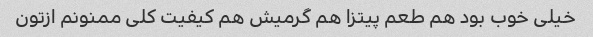
خیلی خوب بود هم طعم پیتزا هم گرمیش هم کیفیت کلی ممنونم ازتون